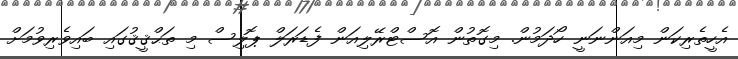
އެހީތެރިކަން މިއަންނަނީ ހޯދަމުން. މިގޮތުން އޮސްޓްރޭލިއަން ފެޑަރަލް ޕޮލިސް މި ތަޙްޤީޤުގައި ބައިވެރިވުމަށް